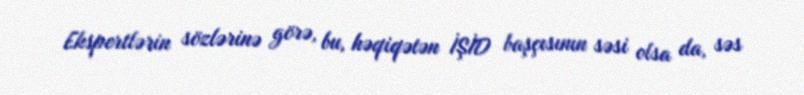
Ekspertlərin sözlərinə görə, bu, həqiqətən İŞİD başçısının səsi olsa da, səs